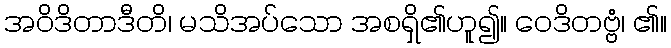
အဝိဒိတာဒီတိ၊ မသိအပ်သော အစရှိ၏ဟူ၍။ ဝေဒိတဗ္ဗံ၊ ၏။